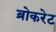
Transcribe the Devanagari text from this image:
ब्रोकरेट